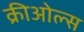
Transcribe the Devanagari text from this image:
क्रीओल्स